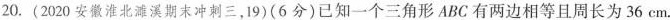
20.(2020安徽淮北濉溪期末冲刺三，19)(6分)已知一个三角形ABC有两边相等且周长为36cm。